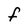
Character: F